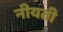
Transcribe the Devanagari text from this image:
नीयती